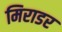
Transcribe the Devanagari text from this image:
मिराडर